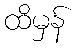
ထိမှန်